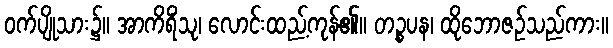
ဝက်ပျိုသား၌။ အာကိရိံသု၊ လောင်းထည့်ကုန်၏။ တဉ္စပန၊ ထိုဘောဇဉ်သည်ကား။